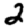
Digit: 2